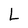
Character: L